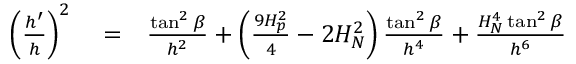
\begin{array} { r l r } { \left( \frac { h ^ { \prime } } { h } \right) ^ { 2 } } & { { } = } & { \frac { \tan ^ { 2 } \beta } { h ^ { 2 } } + \left( \frac { 9 H _ { p } ^ { 2 } } { 4 } - 2 H _ { N } ^ { 2 } \right) \frac { \tan ^ { 2 } \beta } { h ^ { 4 } } + \frac { H _ { N } ^ { 4 } \tan ^ { 2 } \beta } { h ^ { 6 } } } \end{array}